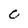
Character: C